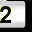
Digit: 2